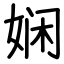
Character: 娴